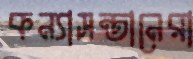
কন্যাসন্তানেরা